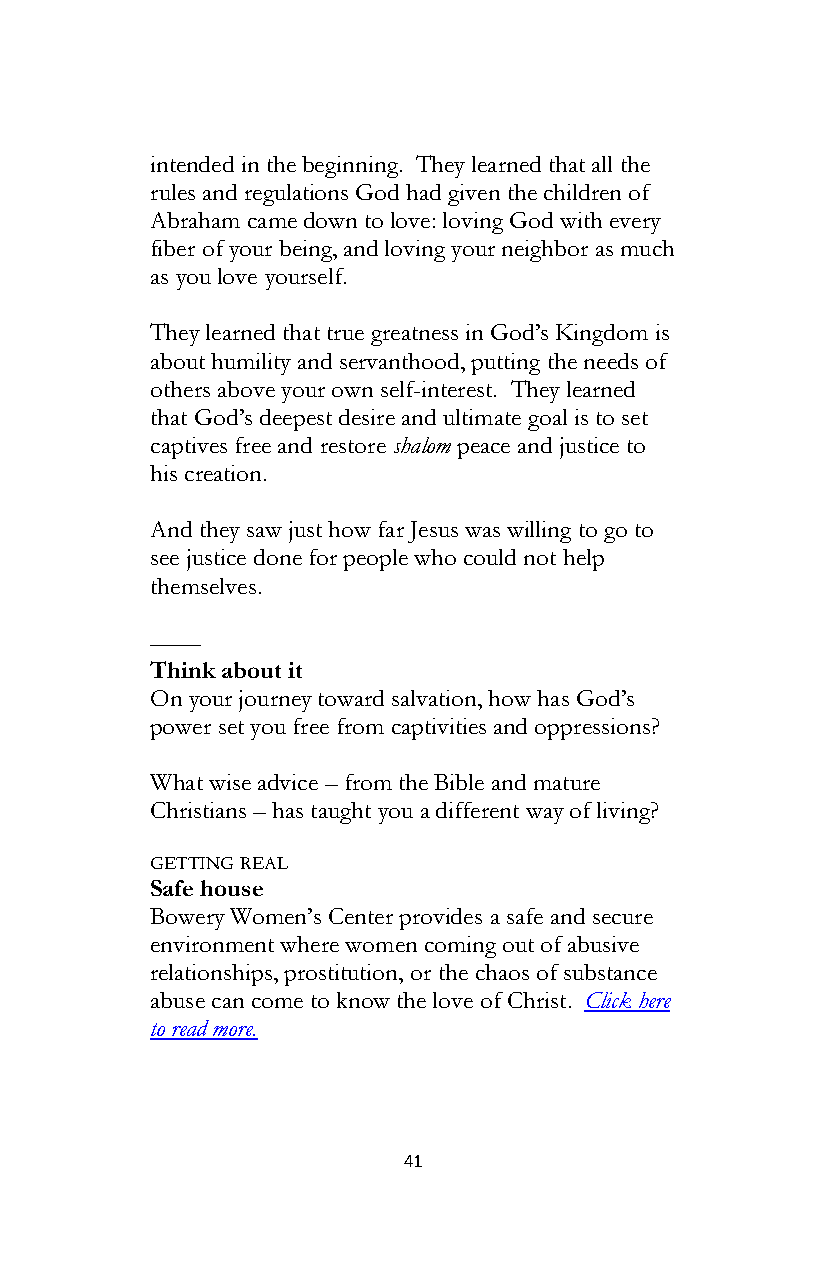
intended in the beginning. They learned that all the
 rules and regulations God had given the children of
 Abraham came down to love: loving God with every
 fiber of your being, and loving your neighbor as much
 as you love yourself.
 They learned that true greatness in God’s Kingdom is
 about humility and servanthood, putting the needs of
 others above your own self-interest. They learned
 that God’s deepest desire and ultimate goal is to set
 captives free and restore shalom peace and justice to
 his creation.
 And they saw just how far Jesus was willing to go to
 see justice done for people who could not help
 themselves.
 ––––
 Think about it
 On your journey toward salvation, how has God’s
 power set you free from captivities and oppressions?
 What wise advice – from the Bible and mature
 Christians – has taught you a different way of living?
 GETTING REAL
 Safe house
 Bowery Women’s Center provides a safe and secure
 environment where women coming out of abusive
 relationships, prostitution, or the chaos of substance
 abuse can come to know the love of Christ. Click here
 to read more.
 41